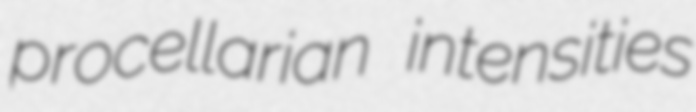
procellarian intensities